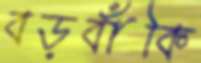
বড়বাঁকি